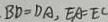
B D = D A , E A = E C